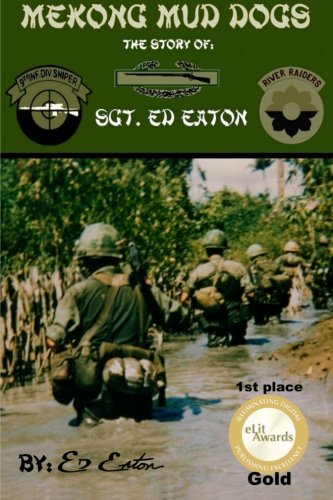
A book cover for Mekong Mud Dogs: The Story of: SGT. Ed Eaton; Ed Eaton; History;